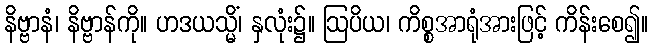
နိဗ္ဗာနံ၊ နိဗ္ဗာန်ကို။ ဟဒယသ္မိံ၊ နှလုံး၌။ ဩပိယ၊ ကိစ္စအာရုံအားဖြင့် ကိန်းစေ၍။